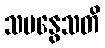
သမနွေသတိ